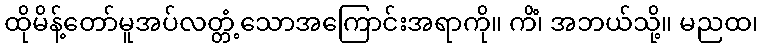
ထိုမိန့်တော်မူအပ်လတ္တံ့သောအကြောင်းအရာကို။ ကိံ၊ အဘယ်သို့။ မညထ၊